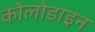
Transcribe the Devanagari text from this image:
कोलोडाइन